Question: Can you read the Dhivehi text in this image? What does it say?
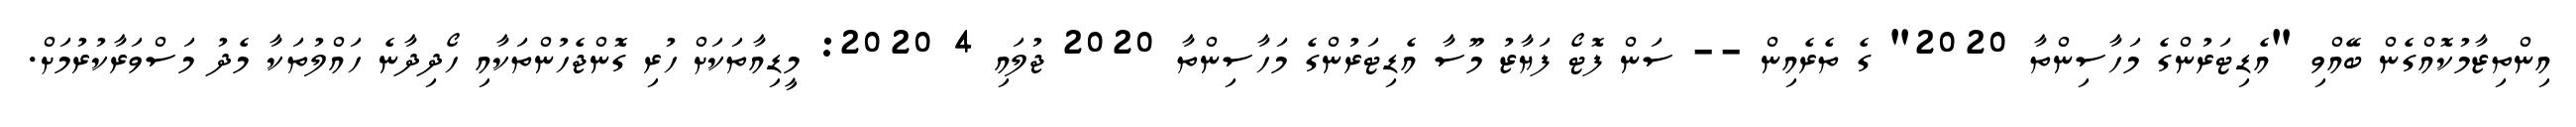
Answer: އިންތިޒާމުކޮއްގެން ބޭއްވި "އެޑިޓަރުންގެ މަހާސިންތާ 2020" ގެ ތެރެއިން -- ސަން ފޮޓޯ ފަޔާޒު މޫސާ އެޑިޓަރުންގެ މަހާސިންތާ 2020 ޖުލައި 4 2020: މީޑިއާތަކަށް ހުރި ގޮންޖެހުންތަކާއި ހޯދިދާނެ ހައްލުތަކާ މެދު މަސްވަރާކުރުމަށް.